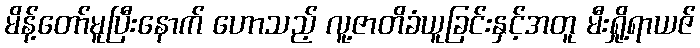
မိန့်တော်မူပြီးနောက် ဟောသည့် လူ့ဇာတိခံယူခြင်းနှင့်အတူ မီးရှို့ရာယဇ်